Trukikaitis_Postimees, lk 16
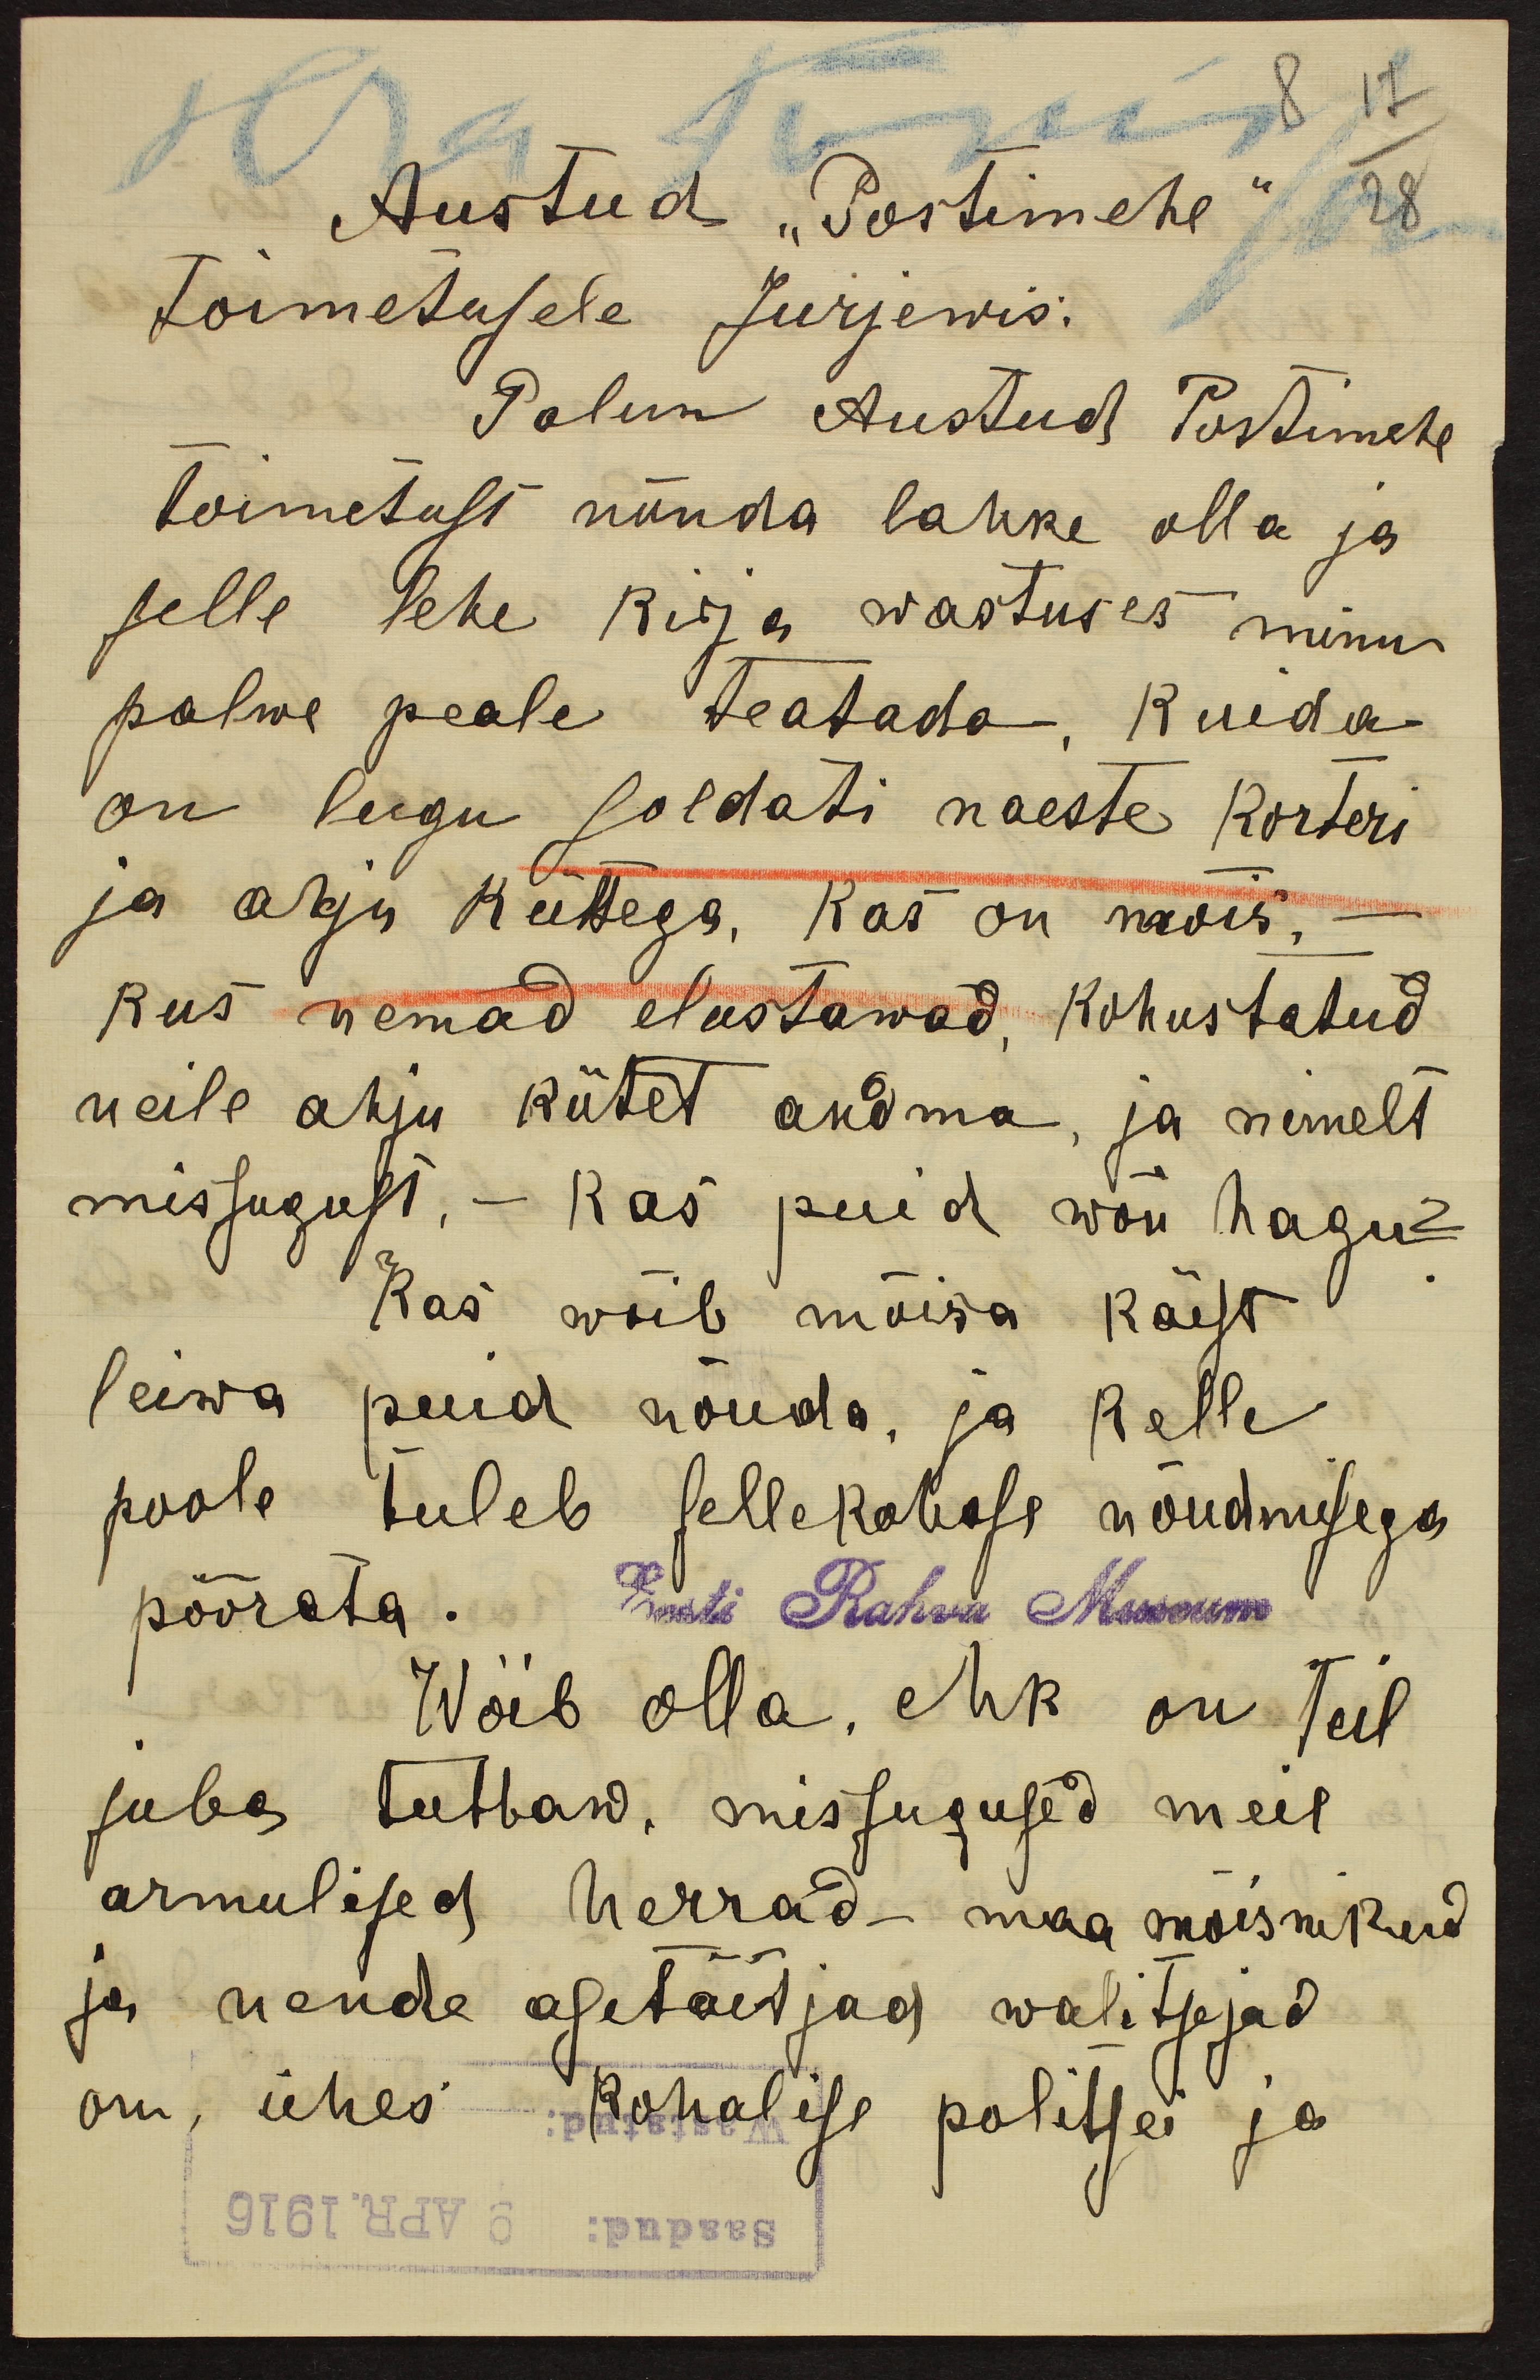
8 17
Austud "Postimehe" 28
Toimetusele Jurjewis:
Palun Austud Postimehe
toimetust nõnda lahke olla ja
selle lehe kirja wastuses minu
palwe peale teatada Kuida
on lugu soldati naeste korteri
ja ahju küttega. Kas on mõis,
kus nemad elustawad kohustatud
neile ahju kütet andma, ja nimelt
missugust, - kas puid wõi hagu?
Kas wõib mõisa käest
leiwa puid nõuda, ja kelle
poole tuleb sellekohase nõudmisega
pöörata. Eesti Rahva Museum
Wõib olla, ehk on teil
juba tuttaw, missugused meil
armulised herrad - maa mõisnikud
ja nende asetäitjad walitsejad
om, ühes kohalise politsei ja